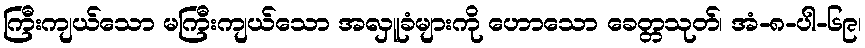
ကြီးကျယ်သော မကြီးကျယ်သော အလှူခံများကို ဟောသော ခေတ္တသုတ်၊ အံ-၈-ပါ-၆၉၊